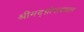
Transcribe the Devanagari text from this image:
श्रीमद्‌ग्रोपाख्यान